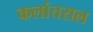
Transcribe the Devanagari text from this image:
कलांतराल